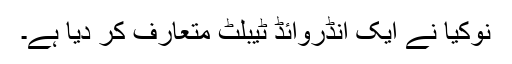
نوکیا نے ایک انڈروائڈ ٹیبلٹ متعارف کر دیا ہے۔